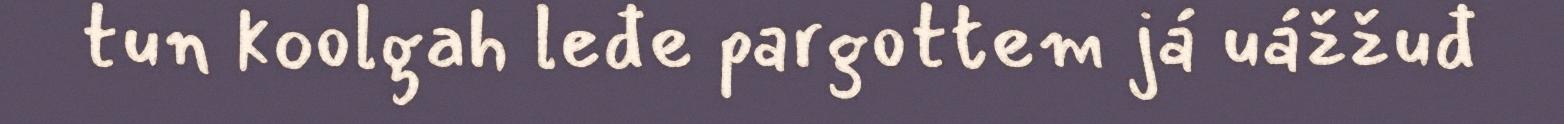
tun koolgah leđe pargottem já uážžuđ